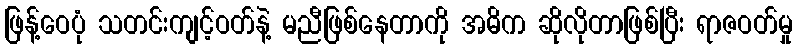
ဖြန့်ဝေပုံ သတင်းကျင့်ဝတ်နဲ့ မညီဖြစ်နေတာကို အဓိက ဆိုလိုတာဖြစ်ပြီး ရာဇဝတ်မှု